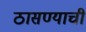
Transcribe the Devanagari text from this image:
ठासण्याची